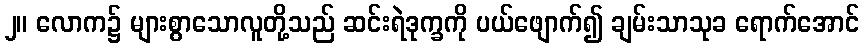
၂။ လောက၌ များစွာသောလူတို့သည် ဆင်းရဲဒုက္ခကို ပယ်ဖျောက်၍ ချမ်းသာသုခ ရောက်အောင်